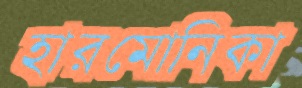
হারমোনিকা